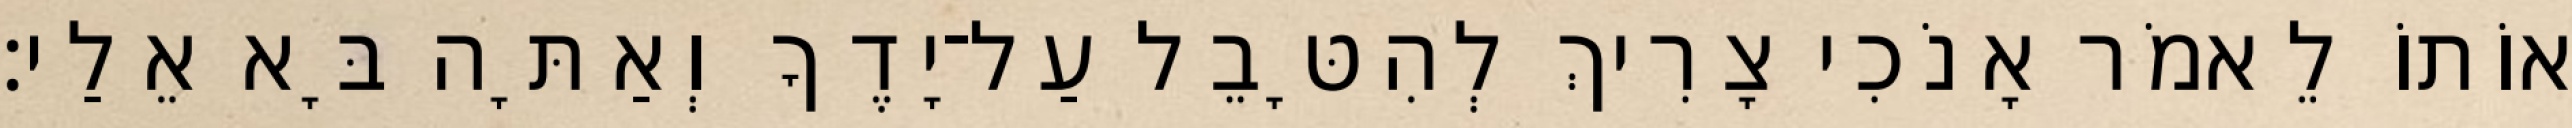
אוֹתוֹ לֵאמֹר אָנֹכִי צָרִיךְ לְהִטָּבֵל עַל־יָדֶךָ וְאַתָּה בָּא אֵלַי׃